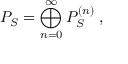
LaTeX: P _ { S } = \bigoplus _ { n = 0 } ^ { \infty } P _ { S } ^ { ( n ) } \; ,